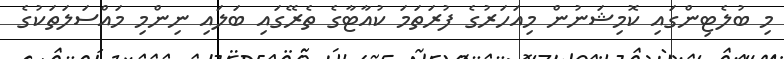
މި ބުލެޓިންގައި ކޮމިޝަނުން މިއަހަރުގެ ފުރަތަމަ ކުއާޓާގެ ތެރޭގައި ބަލައި ނިންމި މައްސަލަތަކުގެ